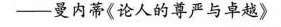
——曼内蒂《论人的尊严与卓越》